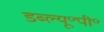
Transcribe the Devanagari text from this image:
डब्ल्यू॰पी॰